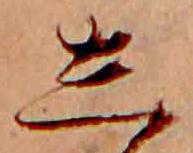
し